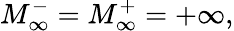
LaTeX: M_{\infty}^{-}=M_{\infty}^{+}=+\infty,